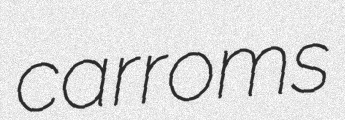
carroms